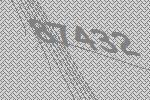
87432